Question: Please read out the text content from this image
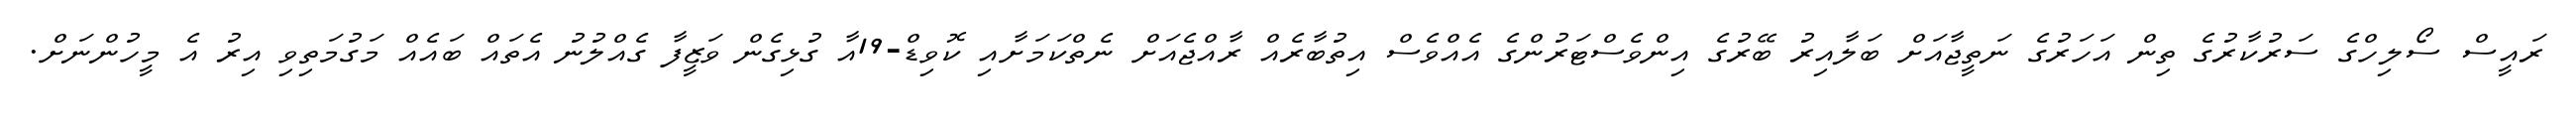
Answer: ރައީސް ސޯލިހްގެ ސަރުކާރުގެ ތިން އަހަރުގެ ނަތީޖާއަށް ބަލާއިރު ބޭރުގެ އިންވެސްޓަރުންގެ އެއްވެސް އިތުބާރެއް ރާއްޖެއަށް ނެތްކަމަށާއި ކޮވިޑް-19އާ ގުޅިގެން ވަޒީފާ ގެއްލުނު އެތައް ބައެއް މަގުމަތިވި އިރު އެ މީހުންނަށް.